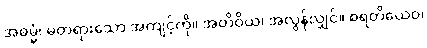
အဓမ္မံ၊ မတရားသော အကျင့်ကို။ အတိဝိယ၊ အလွန်လျှင်။ စရတိယေဝ၊